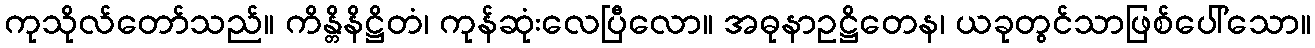
ကုသိုလ်တော်သည်။ ကိန္တိနိဋ္ဌိတံ၊ ကုန်ဆုံးလေပြီလော။ အဓုနာဥဋ္ဌိတေန၊ ယခုတွင်သာဖြစ်ပေါ်သော။